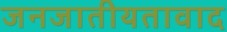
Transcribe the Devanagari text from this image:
जनजातीयतावाद